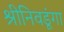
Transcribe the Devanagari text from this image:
श्रीनिवडूंगा